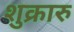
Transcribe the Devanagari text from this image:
शुक्रारु